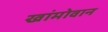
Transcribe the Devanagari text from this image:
खांमोवान